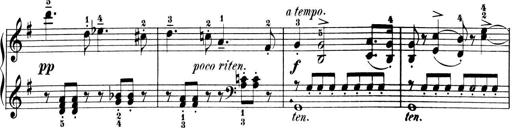
Title: 6 Piano Sonatinas
Composer: Cornelius Gurlitt